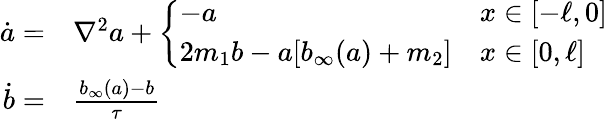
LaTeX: \begin{array}{rl}{\dot{a}=}&{{}\nabla^{2}a+\left\{ \begin{array}{ll}{-a}&{x\in[-\ell,0]}\\ {2m_{1}b-a[b_{\infty}(a)+m_{2}]}&{x\in[0,\ell]}\end{array}\right.}\\ {\dot{b}=}&{{}\frac{b_{\infty}(a)-b}{\tau}}\end{array}